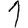
Digit: 1